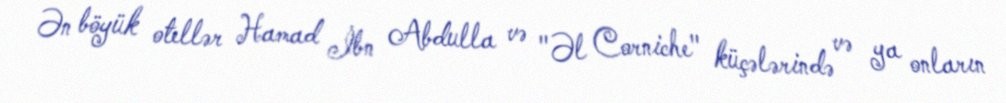
Ən böyük otellər Hamad İbn Abdulla və "Əl Corniche" küçələrində və ya onların